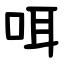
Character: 咡